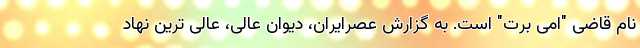
نام قاضی "امی برت" است. به گزارش عصرایران، دیوان عالی، عالی ترین نهاد